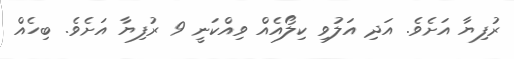
ރުފިޔާ އަށެވެ. އަދި އަލުވި ކިލޯއެއް ވިއްކަނީ 9 ރުފިޔާ އަށެވެ. ބިހެއް